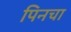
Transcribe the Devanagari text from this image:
पिनचा